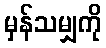
မှန်သမျှကို